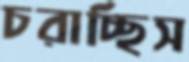
চরাচ্ছিস